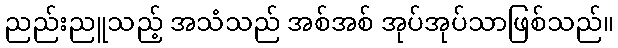
ညည်းညူသည့် အသံသည် အစ်အစ် အုပ်အုပ်သာဖြစ်သည်။